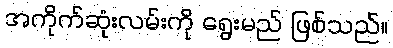
အကိုက်ဆုံးလမ်းကို ရွေးမည် ဖြစ်သည်။